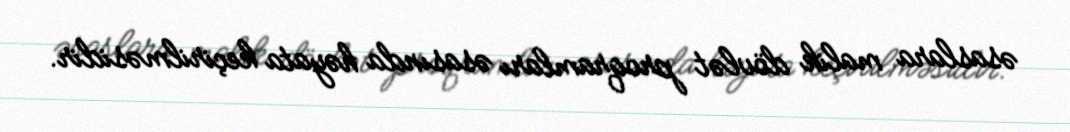
əsaslara malik dövlət proqramları əsasında həyata keçirilməsidir.